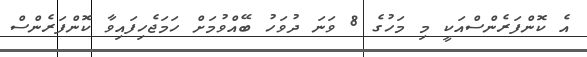
އެ ކޮންފަރެންސްއަކީ މި މަހުގެ 8 ވަނަ ދުވަހު ބޭއްވުމަށް ހަމަޖެހިފައިވާ ކޮންފަރެންސް